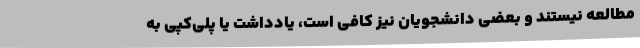
مطالعه نیستند و بعضی دانشجویان نیز کافی است، یادداشت یا پلی‌کپی به